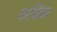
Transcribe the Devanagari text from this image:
नाखिंद्या